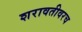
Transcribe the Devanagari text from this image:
शरावतीवरच